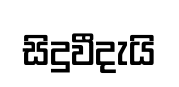
සිදුවීදැයි